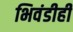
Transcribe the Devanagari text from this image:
भिवंडीही